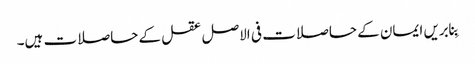
بِنابریں ایمان کے حاصلات فی الاصل عقل کے حاصلات ہیں۔